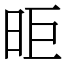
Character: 昛